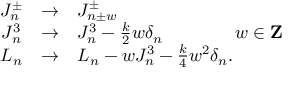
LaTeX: \begin{array} { c c l } { { J _ { n } ^ { \pm } } } & { { \rightarrow } } & { { J _ { n \pm w } ^ { \pm } } } \\ { { J _ { n } ^ { 3 } } } & { { \rightarrow } } & { { J _ { n } ^ { 3 } - { \frac { k } { 2 } } w \delta _ { n } \qquad \qquad w \in { \bf Z } } } \\ { { L _ { n } } } & { { \rightarrow } } & { { L _ { n } - w J _ { n } ^ { 3 } - { \frac { k } { 4 } } w ^ { 2 } \delta _ { n } . } } \end{array}